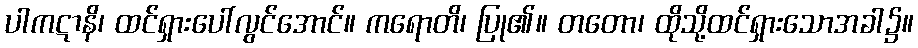
ပါကဋာနိ၊ ထင်ရှားပေါ်လွင်အောင်။ ကရောတိ၊ ပြု၏။ တတော၊ ထိုသို့ထင်ရှားသောအခါ၌။